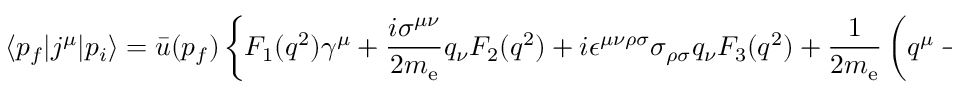
\langle p _ { f } | j ^ { \mu } | p _ { i } \rangle = { \bar { u } } ( p _ { f } ) \left\{ F _ { 1 } ( q ^ { 2 } ) \gamma ^ { \mu } + { \frac { i \sigma ^ { \mu \nu } } { 2 m _ { \mathrm { { e } } } } } q _ { \nu } F _ { 2 } ( q ^ { 2 } ) + i \epsilon ^ { \mu \nu \rho \sigma } \sigma _ { \rho \sigma } q _ { \nu } F _ { 3 } ( q ^ { 2 } ) + { \frac { 1 } { 2 m _ { \mathrm { { e } } } } } \left( q ^ { \mu } - { \frac { q ^ { 2 } } { 2 m _ { e } } } \gamma ^ { \mu } \right) \gamma _ { 5 } F _ { 4 } ( q ^ { 2 } ) \right\} u ( p _ { i } )